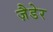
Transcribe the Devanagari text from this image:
ज़ैडेर